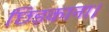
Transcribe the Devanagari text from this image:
छिड़काना।